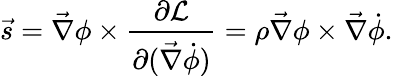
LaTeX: \vec{s}=\vec{\nabla}\phi\times\frac{\partial\mathcal{L}}{\partial(\vec{\nabla}\dot{\phi})}=\rho\vec{\nabla}\phi\times\vec{\nabla}{\dot{\phi}}.